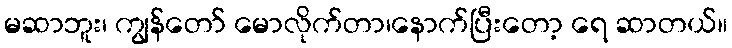
မဆာဘူး၊ ကျွန်တော် မောလိုက်တာ၊နောက်ပြီးတော့ ရေ ဆာတယ်။